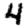
Digit: 4